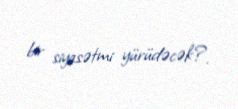
bir siyasətmi yürüdəcək?.